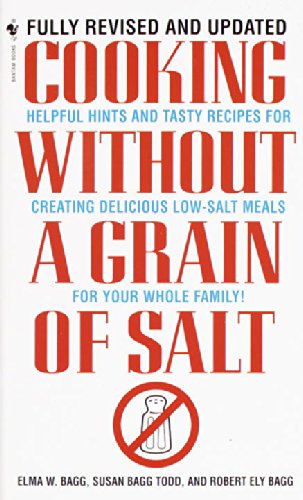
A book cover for Cooking Without a Grain of Salt; Elma W. Bagg; Cookbooks, Food & Wine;